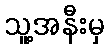
သူ့အနီးမှ